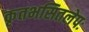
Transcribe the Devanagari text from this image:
कृतभसितलेपः